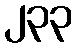
၂၃၃